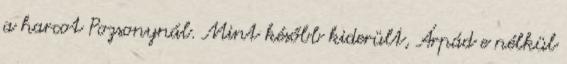
a harcot Pozsonynál. Mint később kiderült, Árpád e nélkül